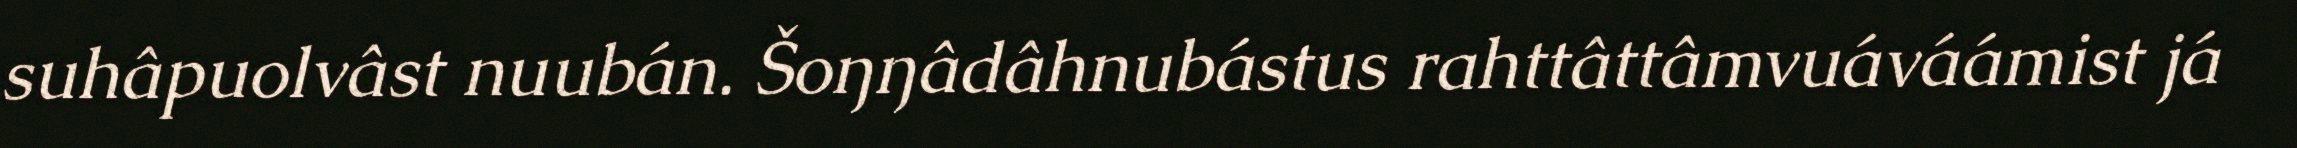
suhâpuolvâst nuubán. Šoŋŋâdâhnubástus rahttâttâmvuáváámist já